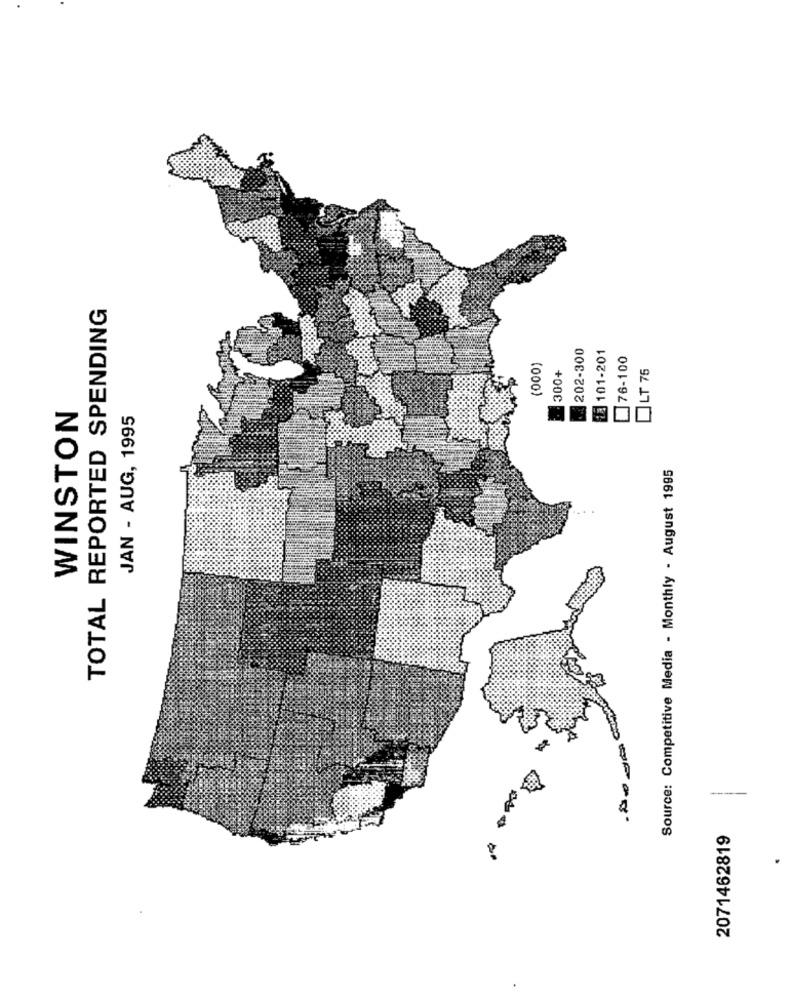
TOTAL REPORTED SPENDING
202-300
8 101-201
76-100
(000)
OLT 75
300+
WINSTON
JAN - AUG, 1995
Source: Competitive Media - Monthly - August 1995
---
2071462819